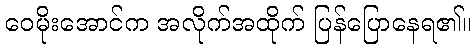
ဝေမိုးအောင်က အလိုက်အထိုက် ပြန်ပြောနေရ၏။